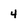
Character: 4